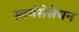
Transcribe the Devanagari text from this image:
स्वयंसेसेचन